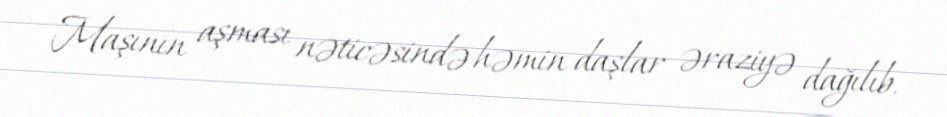
Maşının aşması nəticəsində həmin daşlar əraziyə dağılıb.